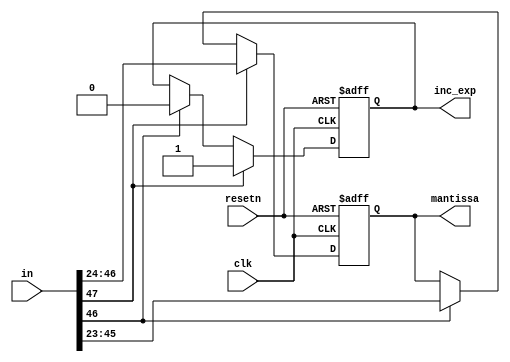
module normalizer(
				output reg [22:0] mantissa,
				output reg inc_exp,
				input clk,
				input [47:0] in,
				input resetn
				);
				
	//mantissa;
	//reg inc_exp;
	
	always @(posedge clk or negedge resetn) begin
		if(!resetn) begin
					mantissa <= 23'b0;
					inc_exp <= 0;
					end
		else if(in[47]) begin
					mantissa <= in[46:24];
					inc_exp <= 1;
				end
		else if(in[46]) begin
					mantissa <= in[45:23];
					inc_exp <= 0;	
				end
	end
endmodule